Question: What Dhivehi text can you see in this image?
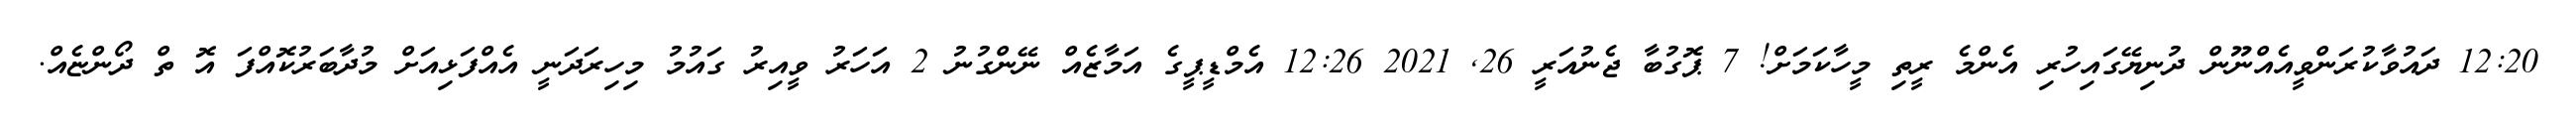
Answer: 12:20 ދައުވާކުރަންވީއެއްނޫން ދުނިޔޭގައިހުރި އެންމެ ރީތި މީހާކަމަށް! 7 ޕޮގުބާ ޖެނުއަރީ 26, 2021 12:26 އެމްޑީޕީގެ އަމާޒެއް ނޭންގުނު 2 އަހަރު ވީއިރު ގައުމު މިހިރަދަނީ އެއްފަޅިއަށް މުދާބަރުކޮއްފަ އޮ ތް ދޯންޏެއް.